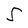
Character: S